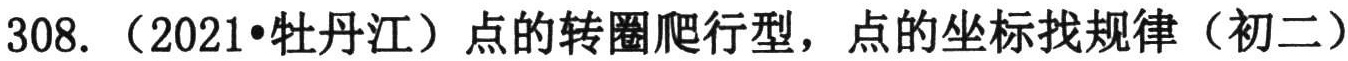
308.（2021•牡丹江）点的转圈爬行型，点的坐标找规律（初二）